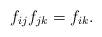
LaTeX: \begin{align*}f_{ij}f_{jk}=f_{ik}. \end{align*}